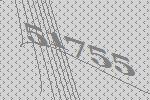
51755